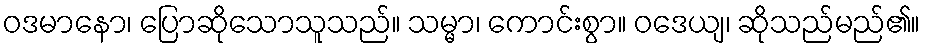
ဝဒမာနော၊ ပြောဆိုသောသူသည်။ သမ္မာ၊ ကောင်းစွာ။ ဝဒေယျ၊ ဆိုသည်မည်၏။